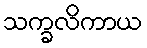
သက္ခလိကာယ